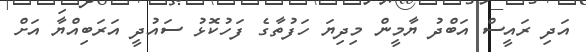
އަދި ރައީސް އަބްދުު ޔާމީން މިދިޔަ ހަފުތާގެ ފަހުކޮޅު ސައުދީ އަރަބިއްޔާ އަށް